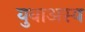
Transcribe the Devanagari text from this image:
युवाअस्य